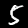
Digit: 5